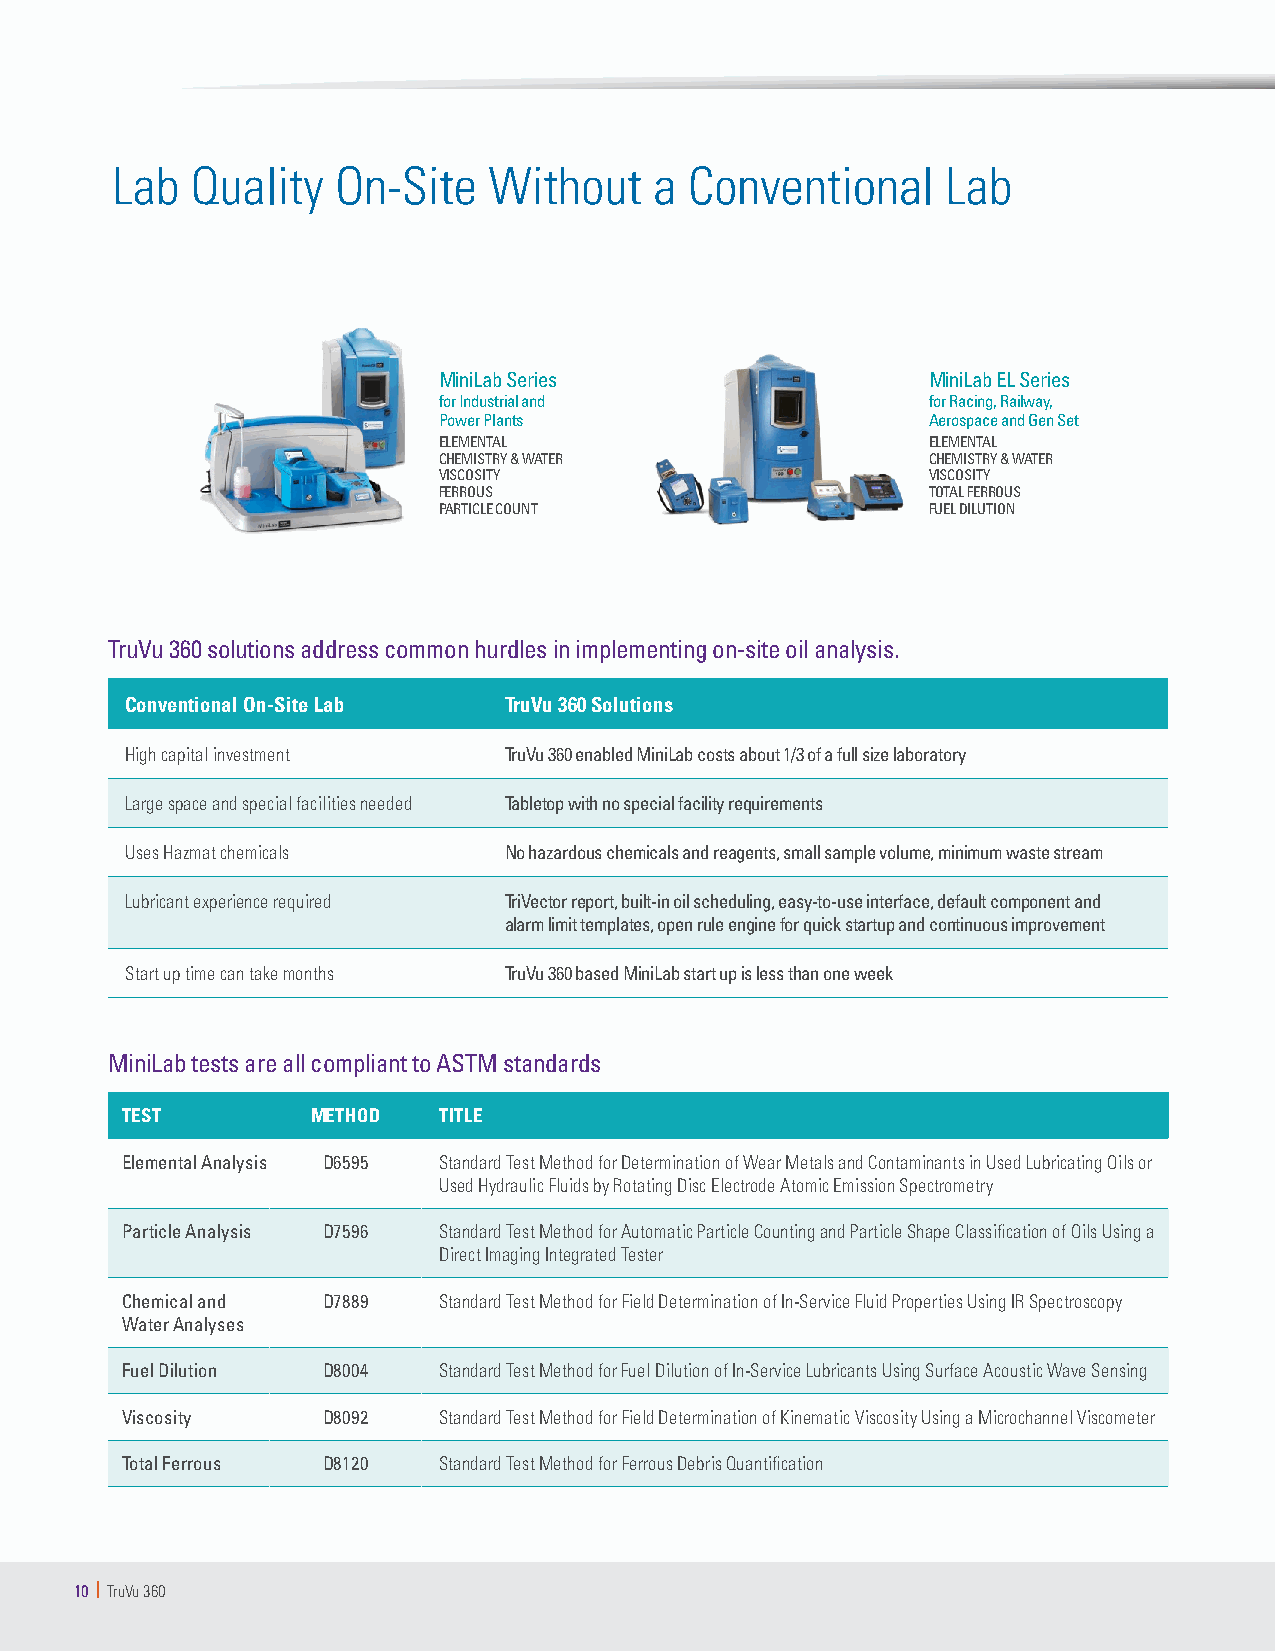
Lab   Quality  On-Site   Without    a  Conventional     Lab
 MiniLab Series                   MiniLab EL Series
 for Industrial and               for Racing, Railway,
 Power Plants                     Aerospace and Gen Set
 ELEMENTAL                        ELEMENTAL
 CHEMISTRY & WATER                CHEMISTRY & WATER
 VISCOSITY                        VISCOSITY
 FERROUS                          TOTAL FERROUS
 PARTICLE COUNT                   FUEL DILUTION
 TruVu 360 solutions address common hurdles in implementing on-site oil analysis.
 Conventional On-Site Lab TruVu 360 Solutions
 High capital investment  TruVu 360 enabled MiniLab costs about 1/3 of a full size laboratory
 Large space and special facilities needed Tabletop with no special facility requirements
 Uses Hazmat chemicals    No hazardous chemicals and reagents, small sample volume, minimum waste stream
 Lubricant experience required TriVector report, built-in oil scheduling, easy-to-use interface, default component and
 alarm limit templates, open rule engine for quick startup and continuous improvement
 Start up time can take months TruVu 360 based MiniLab start up is less than one week
 MiniLab tests are all compliant to ASTM standards
 TEST         METHOD  TITLE
 Elemental Analysis D6595 Standard Test Method for Determination of Wear Metals and Contaminants in Used Lubricating Oils or
 Used Hydraulic Fluids by Rotating Disc Electrode Atomic Emission Spectrometry
 Particle Analysis D7596 Standard Test Method for Automatic Particle Counting and Particle Shape Classification of Oils Using a
 Direct Imaging Integrated Tester
 Chemical and D7889   Standard Test Method for Field Determination of In-Service Fluid Properties Using IR Spectroscopy
 Water Analyses
 Fuel Dilution D8004  Standard Test Method for Fuel Dilution of In-Service Lubricants Using Surface Acoustic Wave Sensing
 Viscosity    D8092   Standard Test Method for Field Determination of Kinematic Viscosity Using a Microchannel Viscometer
 Total Ferrous D8120  Standard Test Method for Ferrous Debris Quantification
 10 | TruVu 360